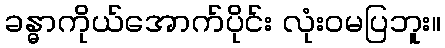
ခန္ဓာကိုယ်အောက်ပိုင်း လုံးဝမပြဘူး။